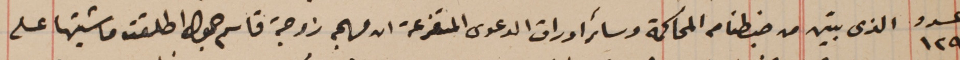
عدد ١٢٩  الذى تبين من ضبطنا من المحاكمة وسائر اوراق الدعوى المتفرعة ان مريم زوجة قاسم جمول اطلقت ماشيتها على